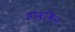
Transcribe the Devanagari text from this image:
हाव्किन